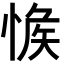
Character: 𢜴